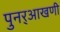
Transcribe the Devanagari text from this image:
पुनर्‌आखणी